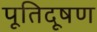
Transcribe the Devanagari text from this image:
पूतिदूषण